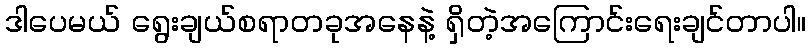
ဒါပေမယ် ရွေးချယ်စရာတခုအနေနဲ့ ရှိတဲ့အကြောင်းရေးချင်တာပါ။